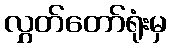
လွှတ်တော်ရုံးမှ